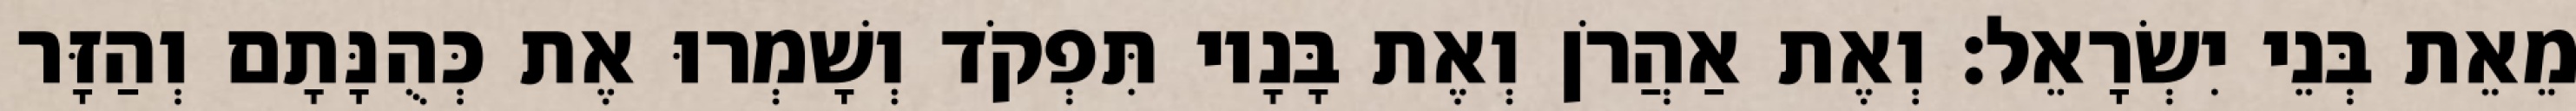
מֵאֵת בְּנֵי יִשְׂרָאֵל׃ וְאֶת אַהֲרֹן וְאֶת בָּנָיו תִּפְקֹד וְשָׁמְרוּ אֶת כְּהֻנָּתָם וְהַזָּר